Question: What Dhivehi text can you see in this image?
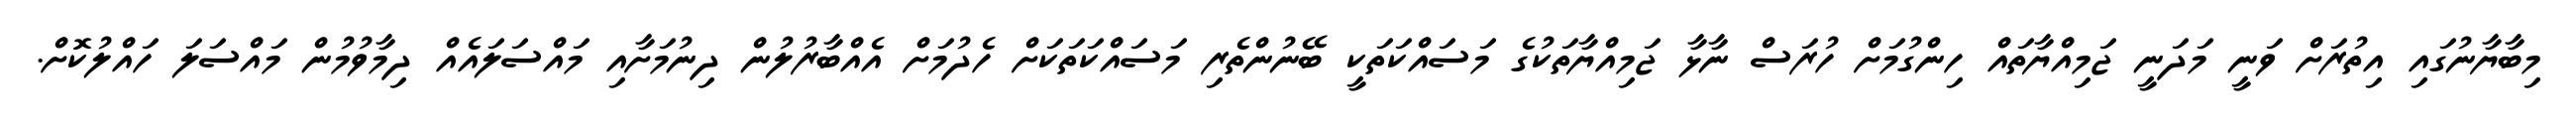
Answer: މިބާޔާނުގައި އިތުރަށް ވަނީ މަދަނީ ޖަމިއްޔާތައް ހިންގުމަށް ހުރަސް ނާޅާ ޖަމިއްޔާތަކުގެ މަސައްކަތަކީ ބޭނުންތެރި މަސައްކަތަކަށް ހެދުމަށް އެއްބާރުލުން ދިނުމަށާއި މައްސަލައެއް ދިމާވުމުން މައްސަލަ ހައްލުކޮށް.